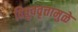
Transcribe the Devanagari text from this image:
विषुववृत्तामुळे